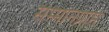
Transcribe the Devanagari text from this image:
सम्मानप्राप्त